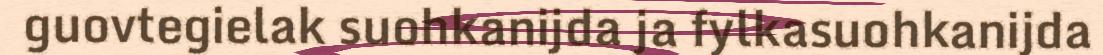
guovtegielak suohkanijda ja fylkasuohkanijda